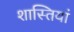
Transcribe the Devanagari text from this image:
शास्तियां